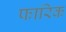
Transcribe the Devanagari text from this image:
फारिक